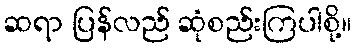
ဆရာ ပြန်လည် ဆုံစည်းကြပါစို့။